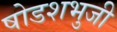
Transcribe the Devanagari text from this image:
षोडशभुजी